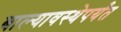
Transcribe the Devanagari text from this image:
बाल्यावस्थेपर्यंत